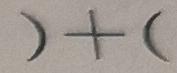
) + (